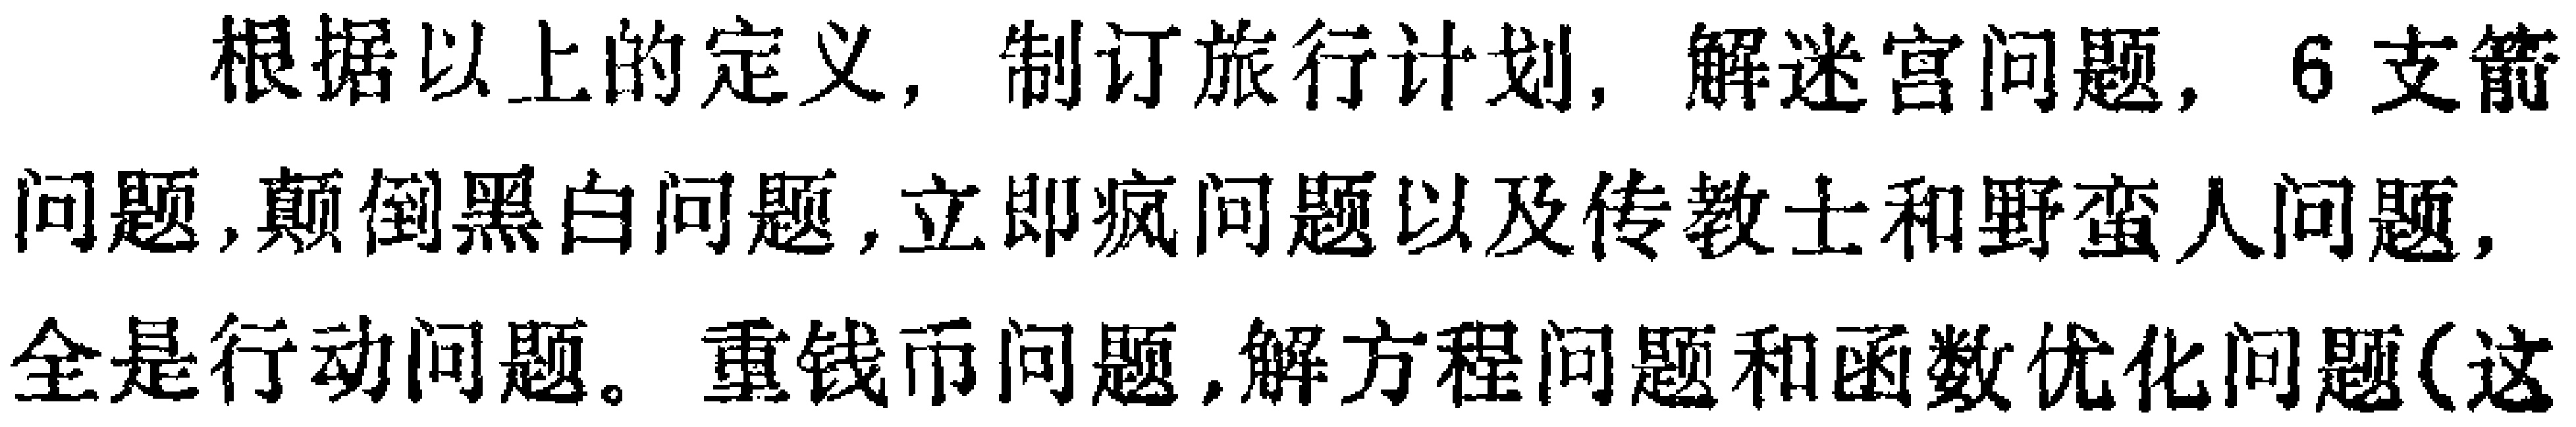
根据以上的定义，制订旅行计划，解迷宫问题，6支箭问题,颠倒黑白问题, 立即疯问题以及传教士和野蛮人问题,全是行动问题。重钱币问题,解方程问题和函数优化问题(这